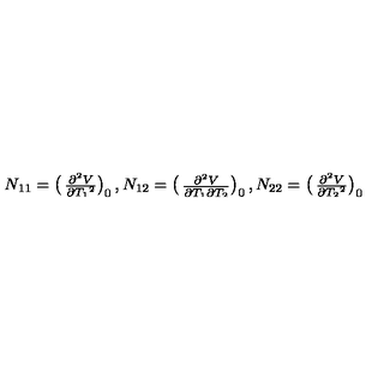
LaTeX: N _ { 1 1 } = \left( \begin{matrix} { { \frac { { \partial ^ { 2 } } V } { \partial { T _ { 1 } } ^ { 2 } } } } \\ \end{matrix} \right) _ { 0 } , N _ { 1 2 } = \left( \begin{matrix} { { \frac { { \partial ^ { 2 } } V } { \partial { T _ { 1 } } \partial { T _ { 2 } } } } } \\ \end{matrix} \right) _ { 0 } , N _ { 2 2 } = \left( \begin{matrix} { { \frac { { \partial ^ { 2 } } V } { \partial { T _ { 2 } } ^ { 2 } } } } \\ \end{matrix} \right) _ { 0 }